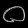
Digit: ၀